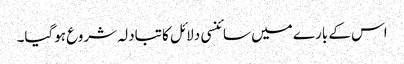
اس کے بارے میں سائنسی دلائل کا تبادلہ شروع ہوگیا۔